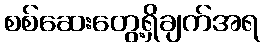
စစ်ဆေးတွေ့ရှိချက်အရ